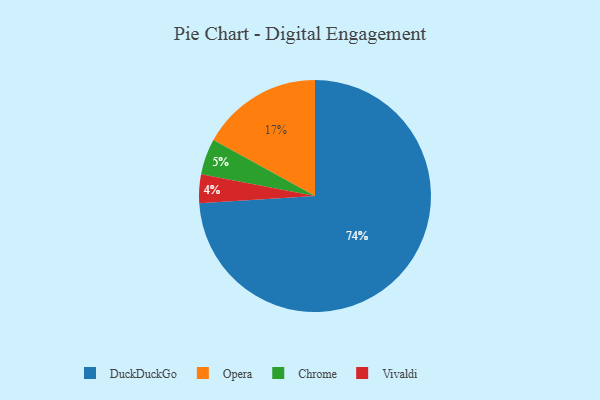
{"axis": {"x": "Category", "y": "Percentage"}, "legend": ["Chrome", "DuckDuckGo", "Opera", "Vivaldi"], "data": [{"x": "Chrome", "y": 5, "type": "Chrome"}, {"x": "DuckDuckGo", "y": 74, "type": "DuckDuckGo"}, {"x": "Opera", "y": 17, "type": "Opera"}, {"x": "Vivaldi", "y": 4, "type": "Vivaldi"}]}